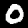
Digit: 0